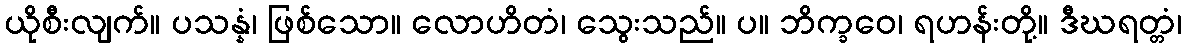
ယိုစီးလျက်။ ပသန္နံ၊ ဖြစ်သော။ လောဟိတံ၊ သွေးသည်။ ပ။ ဘိက္ခဝေ၊ ရဟန်းတို့။ ဒီဃရတ္တံ၊